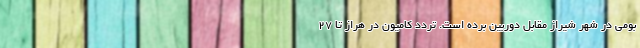
بومی در شهر شیراز مقابل دوربین برده است. تردد کامیون در هراز تا 27